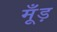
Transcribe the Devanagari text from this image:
मूँड़